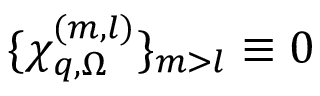
\{ \chi _ { \boldsymbol { q } , \Omega } ^ { ( m , l ) } \} _ { m > l } \equiv 0